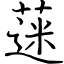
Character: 蒾